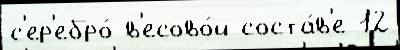
с'ер'ебро́ в'есово́й соста́в'е 12